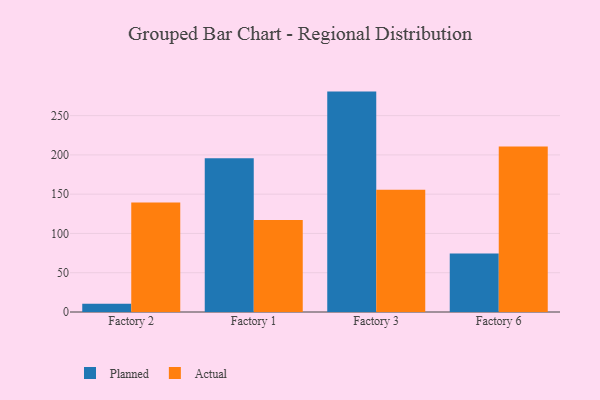
{"axis": {"x": "Factory", "y": "Inventory Turnover"}, "legend": ["Actual", "Planned"], "data": [{"x": "Factory 2", "y": 10.4, "type": "Planned"}, {"x": "Factory 2", "y": 139.3, "type": "Actual"}, {"x": "Factory 1", "y": 195.8, "type": "Planned"}, {"x": "Factory 1", "y": 117.1, "type": "Actual"}, {"x": "Factory 3", "y": 280.6, "type": "Planned"}, {"x": "Factory 3", "y": 155.6, "type": "Actual"}, {"x": "Factory 6", "y": 74.5, "type": "Planned"}, {"x": "Factory 6", "y": 210.6, "type": "Actual"}]}